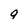
Character: q